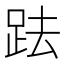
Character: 䟩